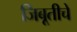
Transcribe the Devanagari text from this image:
जिबूतीचे